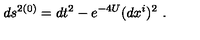
d s ^ { 2 ( 0 ) } = d t ^ { 2 } - e ^ { - 4 U } ( d x ^ { i } ) ^ { 2 } \ .